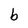
Character: b